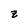
Character: z